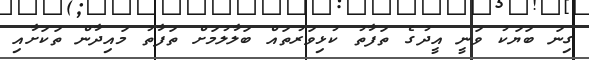
ގިނަ ބަޔަކު ވަނީ އީދުގެ ތަފާތު ކުޅިވަރުތައް ބަލާލުމަށް ތަފާތު މައިދާން ތަކަށާއި